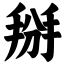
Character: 掰